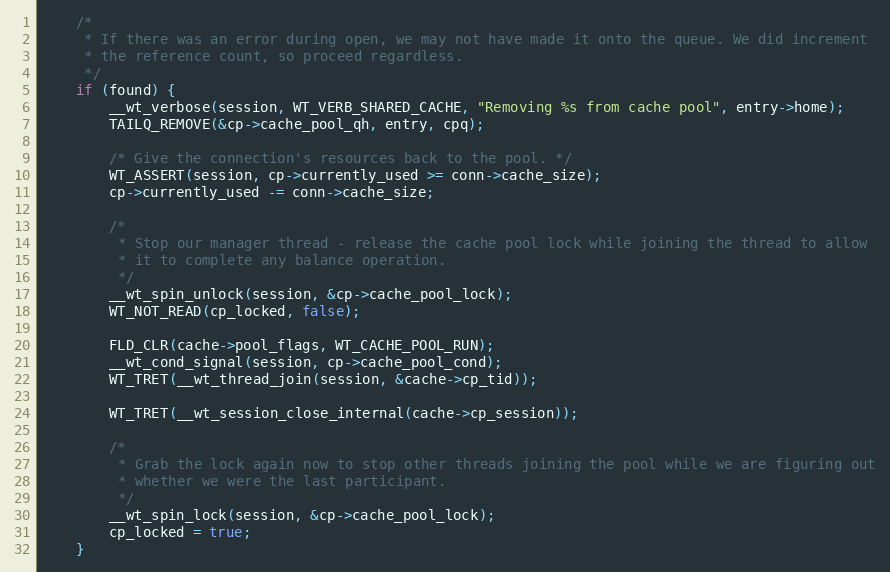
Language: C
    /*
     * If there was an error during open, we may not have made it onto the queue. We did increment
     * the reference count, so proceed regardless.
     */
    if (found) {
        __wt_verbose(session, WT_VERB_SHARED_CACHE, "Removing %s from cache pool", entry->home);
        TAILQ_REMOVE(&cp->cache_pool_qh, entry, cpq);

        /* Give the connection's resources back to the pool. */
        WT_ASSERT(session, cp->currently_used >= conn->cache_size);
        cp->currently_used -= conn->cache_size;

        /*
         * Stop our manager thread - release the cache pool lock while joining the thread to allow
         * it to complete any balance operation.
         */
        __wt_spin_unlock(session, &cp->cache_pool_lock);
        WT_NOT_READ(cp_locked, false);

        FLD_CLR(cache->pool_flags, WT_CACHE_POOL_RUN);
        __wt_cond_signal(session, cp->cache_pool_cond);
        WT_TRET(__wt_thread_join(session, &cache->cp_tid));

        WT_TRET(__wt_session_close_internal(cache->cp_session));

        /*
         * Grab the lock again now to stop other threads joining the pool while we are figuring out
         * whether we were the last participant.
         */
        __wt_spin_lock(session, &cp->cache_pool_lock);
        cp_locked = true;
    }